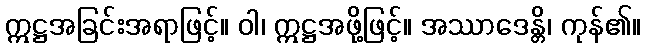
ဣဋ္ဌအခြင်းအရာဖြင့်။ ဝါ၊ ဣဋ္ဌအဖို့ဖြင့်။ အဿာဒေန္တိ၊ ကုန်၏။